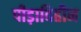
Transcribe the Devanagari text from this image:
पीड़ाविहीन